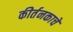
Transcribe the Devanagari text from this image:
कीर्तनकाचे